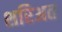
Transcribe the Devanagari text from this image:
शरिअत